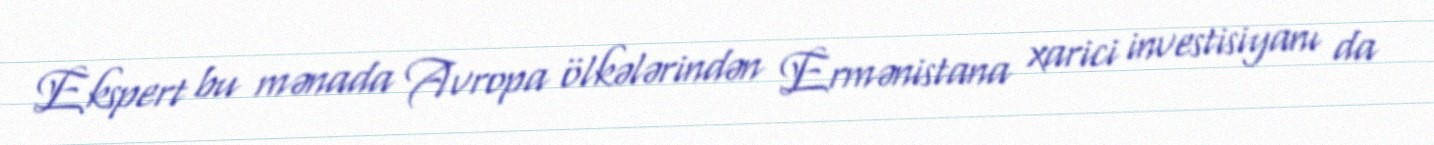
Ekspert bu mənada Avropa ölkələrindən Ermənistana xarici investisiyanı da